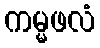
ကမ္မဖလံ